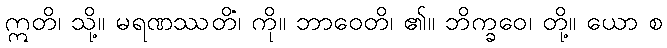
ဣတိ၊ သို့။ မရဏဿတိံ၊ ကို။ ဘာဝေတိ၊ ၏။ ဘိက္ခဝေ၊ တို့။ ယော စ